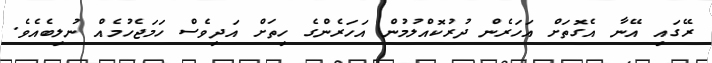
ރޭގައި އޭނާ އެގޮތަށް އަހަރެން ދުރުކޮއްލުމުން އަހަރެންގެ ހިތަށް އަދިވެސް ހަމަޖެހުމެއް ނުލިބެއެވެ.